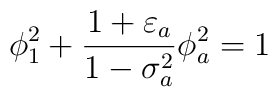
\phi_1^2+\frac{1+\varepsilon_a}{1-\sigma_a^2} \phi_a^2 =1